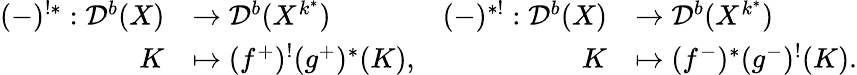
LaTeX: \begin{array}{rlrl}{(-)^{!*}:{\mathcal D}^{b}(X)}&{\rightarrow{\mathcal D}^{b}(X^{k^{*}})}&{(-)^{*!}:{\mathcal D}^{b}(X)}&{\rightarrow{\mathcal D}^{b}(X^{k^{*}})}\\ {K}&{\mapsto(f^{+})^{!}(g^{+})^{*}(K),}&{K}&{\mapsto(f^{-})^{*}(g^{-})^{!}(K).}\end{array}